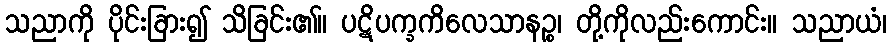
သညာကို ပိုင်းခြား၍ သိခြင်း၏။ ပဋိပက္ခကိလေသာနဉ္စ၊ တို့ကိုလည်းကောင်း။ သညာယံ၊